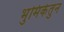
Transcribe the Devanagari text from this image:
भुमिकेतुन